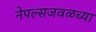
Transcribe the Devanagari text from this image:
नेपल्सजवळच्या